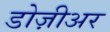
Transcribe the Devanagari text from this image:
डोज़ीअर